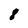
Character: 8